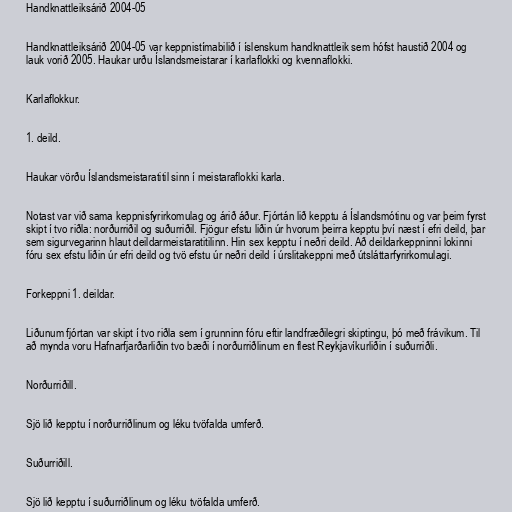
Handknattleiksárið 2004-05

Handknattleiksárið 2004-05 var keppnistímabilið í íslenskum handknattleik sem hófst haustið 2004 og
lauk vorið 2005. Haukar urðu Íslandsmeistarar í karlaflokki og kvennaflokki.

Karlaflokkur.

1. deild.

Haukar vörðu Íslandsmeistaratitil sinn í meistaraflokki karla.

Notast var við sama keppnisfyrirkomulag og árið áður. Fjórtán lið kepptu á Íslandsmótinu og var þeim fyrst
skipt í tvo riðla: norðurriðil og suðurriðil. Fjögur efstu liðin úr hvorum þeirra kepptu því næst í efri deild, þar
sem sigurvegarinn hlaut deildarmeistaratitilinn. Hin sex kepptu í neðri deild. Að deildarkeppninni lokinni
fóru sex efstu liðin úr efri deild og tvö efstu úr neðri deild í úrslitakeppni með útsláttarfyrirkomulagi.

Forkeppni 1. deildar.

Liðunum fjórtan var skipt í tvo riðla sem í grunninn fóru eftir landfræðilegri skiptingu, þó með frávikum. Til
að mynda voru Hafnarfjarðarliðin tvo bæði í norðurriðlinum en flest Reykjavíkurliðin í suðurriðli.

Norðurriðill.

Sjö lið kepptu í norðurriðlinum og léku tvöfalda umferð.

Suðurriðill.

Sjö lið kepptu í suðurriðlinum og léku tvöfalda umferð.